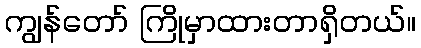
ကျွန်တော် ကြိုမှာထားတာရှိတယ်။